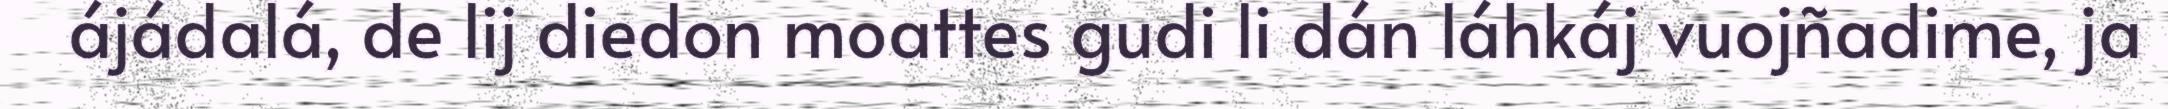
ájádalá, de lij diedon moattes gudi li dán láhkáj vuojñadime, ja